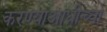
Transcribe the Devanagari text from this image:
करण्याआधीच्या